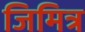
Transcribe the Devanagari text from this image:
जिमित्र